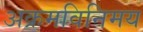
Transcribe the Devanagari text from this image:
अक्रमविनिमय